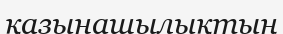
қазынашылықтың